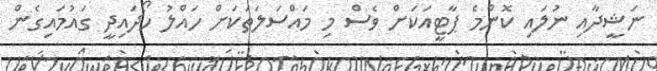
ނަޝީދާއި ނުލައި ކޮންމެ ޕާޓީއަކަށް ވެސް މި މައްސަލަތަކަށް ހައްލު ހޯދައިދީ ގައުމައިގެން